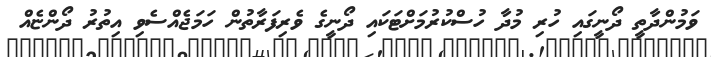
ވަމުންދާތީ ދޯނީގައި ހުރި މުދާ ހުސްކުރުމަށްޓަކައި ދޯނީގެ ވެރިފަރާތުން ހަމަޖެއްސެވި އިތުރު ދޯންޏެއް